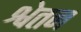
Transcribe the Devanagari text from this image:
श्वेतन